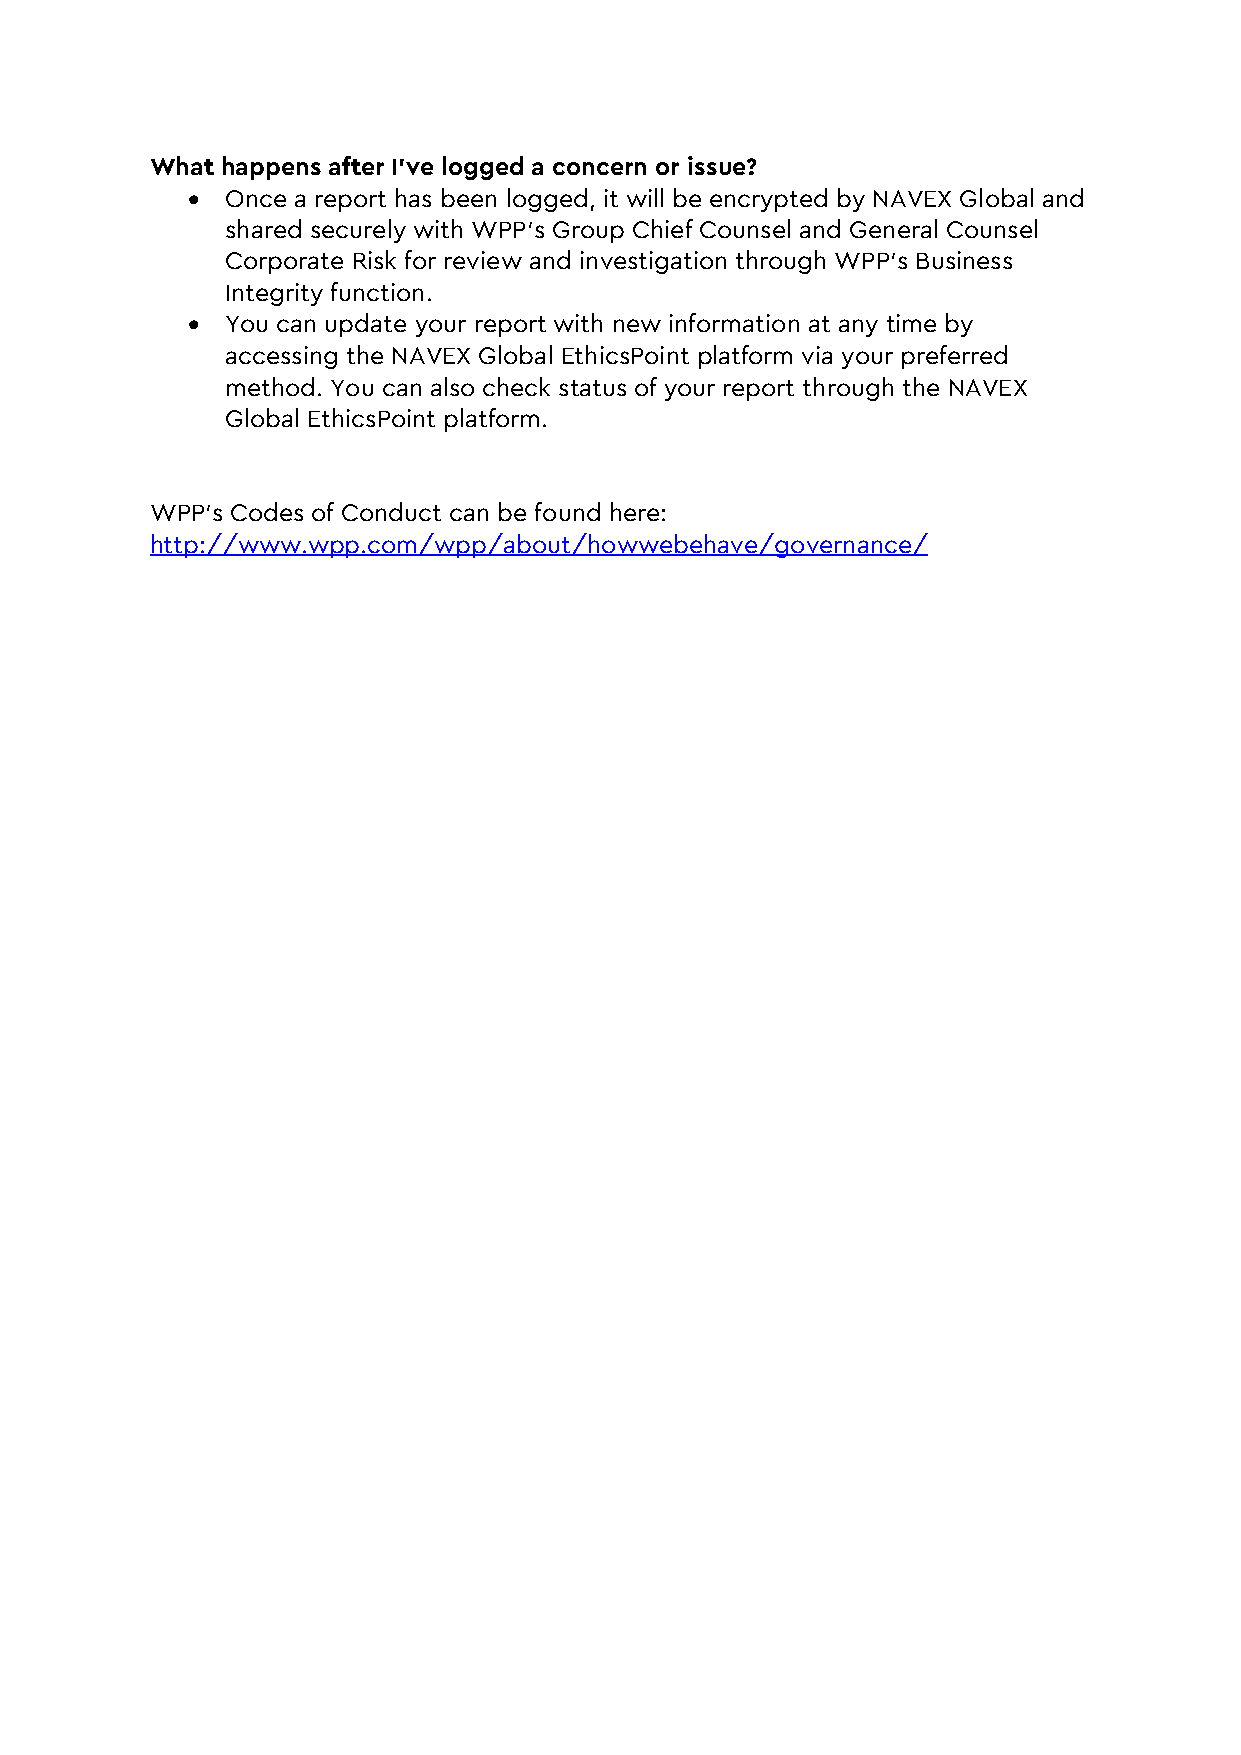
What happens after I’ve logged a concern or issue?
 •  Once a report has been logged, it will be encrypted by NAVEX Global and
 shared securely with WPP’s Group Chief Counsel and General Counsel
 Corporate Risk for review and investigation through WPP’s Business
 Integrity function.
 •  You can update your report with new information at any time by
 accessing the NAVEX Global EthicsPoint platform via your preferred
 method. You can also check status of your report through the NAVEX
 Global EthicsPoint platform.
 WPP’s Codes of Conduct can be found here:
 http://www.wpp.com/wpp/about/howwebehave/governance/